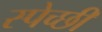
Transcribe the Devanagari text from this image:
स्पेच्छी